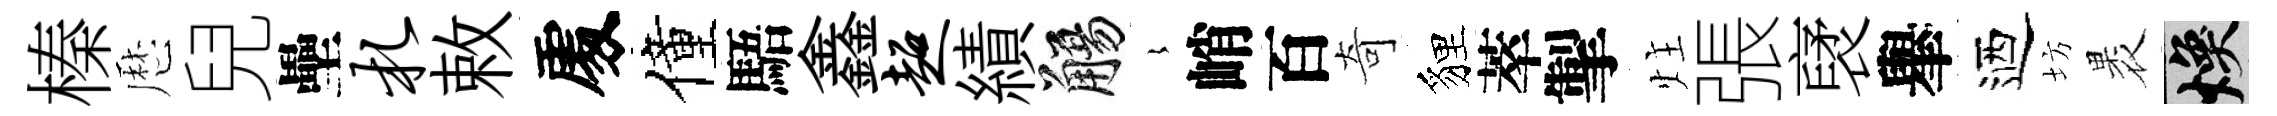
榛厯兒壘札敕𠁅僮䮏鑫超績觴𡻕峭百奇貍萃掣炷張裦𦦙迺坊褁焕